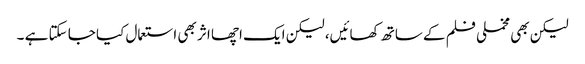
لیکن بھی مخملی فلم کے ساتھ کھائیں، لیکن ایک اچھا اثر بھی استعمال کیا جا سکتا ہے ۔